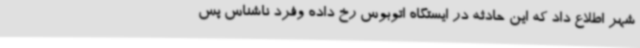
شهر اطلاع داد که این حادثه در ایستگاه اتوبوس رخ داده وفرد ناشناس پس